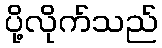
ပို့လိုက်သည်